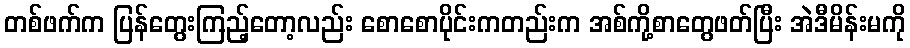
တစ်ဖက်က ပြန်တွေးကြည့်တော့လည်း စောစောပိုင်းကတည်းက အစ်ကို့စာတွေဖတ်ပြီး အဲဒီမိန်းမကို